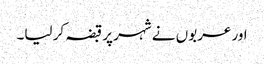
اور عربوں نے شہر پر قبضہ کر لیا۔